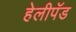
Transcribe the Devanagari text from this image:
हेलीपॅड